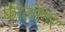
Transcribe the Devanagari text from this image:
कीलॉगर